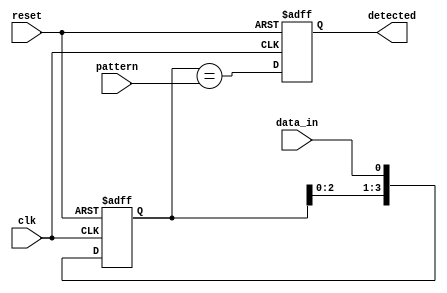
module pattern_detector #(
    parameter N = 4 // Length of the pattern
) (
    input wire clk,              // Clock signal
    input wire reset,            // Reset signal
    input wire data_in,          // Serial input data stream
    input wire [N-1:0] pattern,  // Pattern to be detected
    output reg detected          // Output signal indicating if the pattern has been detected
);

    // Shift register to hold incoming data
    reg [N-1:0] shift_reg;

    // Initialization logic
    always @(posedge clk or posedge reset) begin
        if (reset) begin
            shift_reg <= 0; // Reset shift register to zero
            detected <= 0;  // Reset detected signal
        end else begin
            // Shift the incoming data into the shift register
            shift_reg <= {shift_reg[N-2:0], data_in}; // Shift left and insert new data_in
            // Compare the shift register to the pattern
            detected <= (shift_reg == pattern);
        end
    end

endmodule